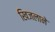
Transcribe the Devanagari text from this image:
खिजलाने